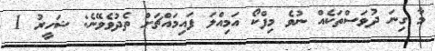
މާ ގިނަ ދުވަސްތަކެއް ނުވެ މިފްކޯ އަމިއްލަ ފައިމައްޗަށް ތެދުވެވޭނެ: ޝަހީރު 1